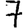
Digit: 7